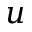
u